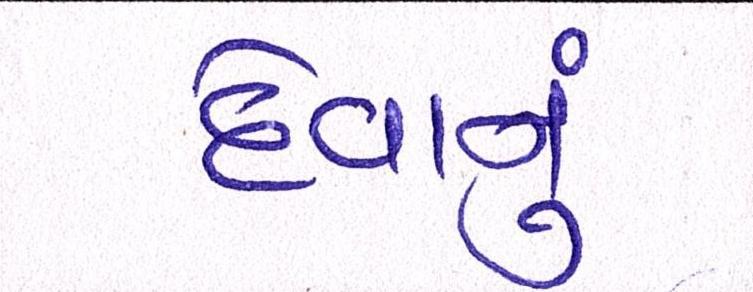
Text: દેવાનું